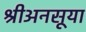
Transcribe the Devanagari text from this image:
श्रीअनसूया